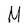
Character: M